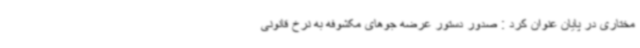
مختاری در پایان عنوان کرد : صدور دستور عرضه جوهای مکشوفه به نرخ قانونی